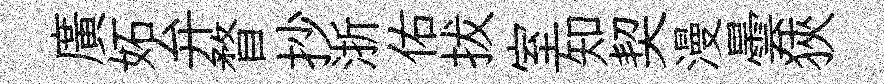
廣妬弁瞀抄浙佑拔室知契漫曇狹